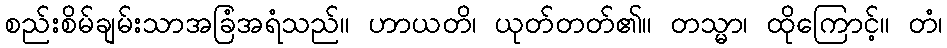
စည်းစိမ်ချမ်းသာအခြံအရံသည်။ ဟာယတိ၊ ယုတ်တတ်၏။ တသ္မာ၊ ထိုကြောင့်။ တံ၊